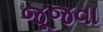
જૂજવા